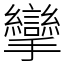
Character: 攣